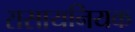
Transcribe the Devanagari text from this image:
रासायनियक